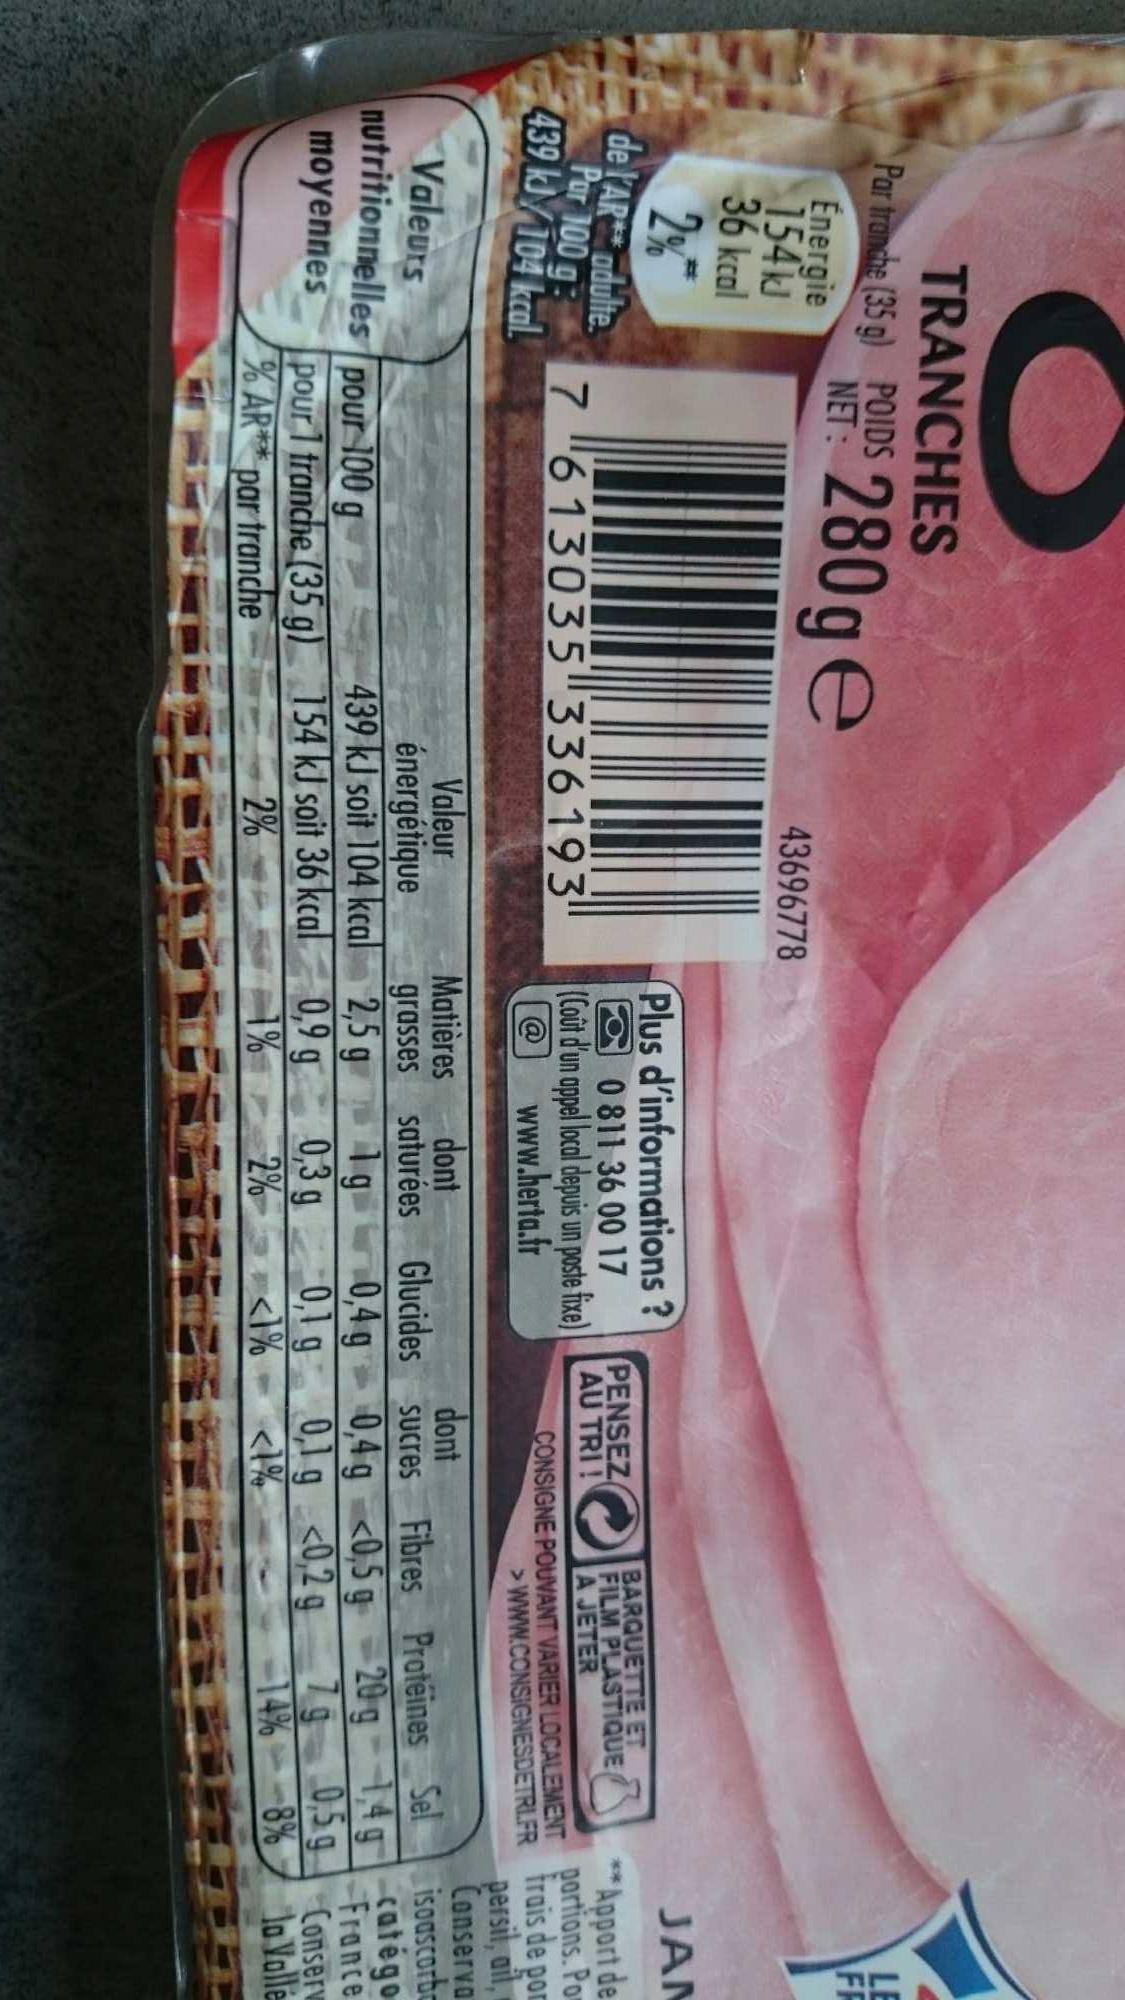
TRANCHES
Par tranche (35 g) POIDS 280ge
NET:
Énergie 154 kJ
36 kcal
2%
de l'AR** adulte. Por 100 g: 439 kJ/104 kcal.
Valeurs nutritionnelles moyennes
43696778
7613035 336193¹
pour 100 g pour 1 tranche (35 g) % AR** par tranche
Valeur énergétique
439 kJ soit 104 kcal 154 kJ soit 36 kcal
2%
Plus d'informations?
0 811 36 00 17 (Coût d'un appel local depuis un poste fixe)
www.herta.fr
Matières dont
grasses
2,5 g
0,9 g
1%
n
BARQUETTE ET FILM PLASTIQUE A JETER CONSIGNE POUVANT VARIER LOCALEMENT
>www.CONSIGNESDETRLFR
PENSEZ AU TRI!
saturées Glucides
1 g
0,4g
0,3 g
0,1 g
2%
<1%
dont
sucres Fibres Protéines Sel
0,4 g <0,5 g 0,1 g <0,2g
<1%
LE
FT
FF
JAN
** Apport de
portions. Por
frais de por persil, ail, Conserva isoascorba
20 g 1,4g catégo 79 0,5g Conserv
France
14%--8%
Jo Valle